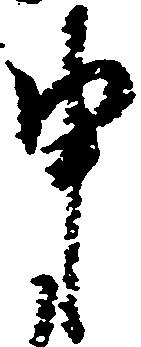
申